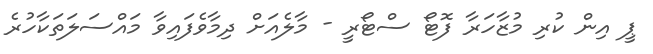
ޕީ އިން ކުރި މުޒާހަރާ ފޮޓޯ ސްޓޯރީ - މާލެއަށް ދިމާވެފައިވާ މައްސަލަތަކާހުރެ